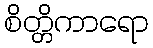
စိတ္တိကာရော